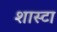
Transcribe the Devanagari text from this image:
शास्टा